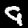
Digit: 9